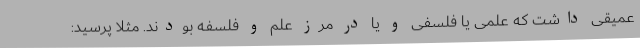
عمیقی داشت که علمی یا فلسفی و یا در مرز علم و فلسفه بودند. مثلا پرسید: